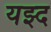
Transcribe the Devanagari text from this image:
यझ्द